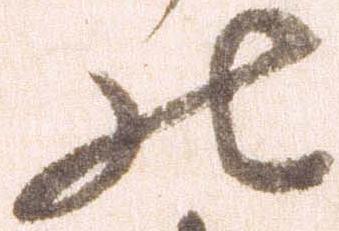
の